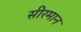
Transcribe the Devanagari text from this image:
सीरमान